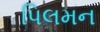
પિલમન